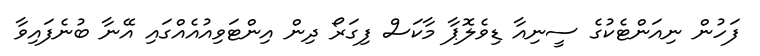
ފަހުން ނިއަންޓެކުގެ ސީނިއާ ޑިވެލޮޕާ މާކަސް ފިގަރޯ ދިން އިންޓަވިއުއެއްގައި އޭނާ ބުނެފައިވާ